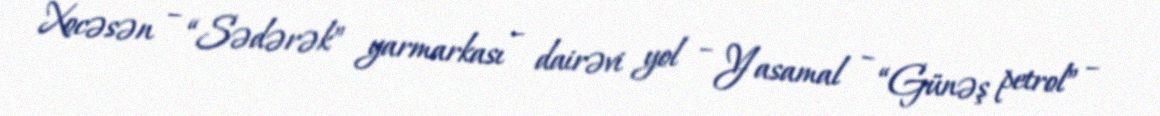
Xocəsən – “Sədərək” yarmarkası – dairəvi yol – Yasamal – “Günəş petrol” –